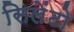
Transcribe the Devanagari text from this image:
सिलेंटो